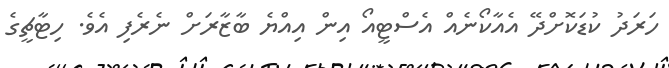
ހަރަދު ކުޑަކޮށްދޭ އެއާކޯނެއް އެސްޓީއޯ އިން އިއްޔެ ބާޒާރަށް ނެރެފި އެވެ. ހިޓާޗީގެ